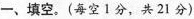
一、填空。(每空Ⅰ分，共21分)